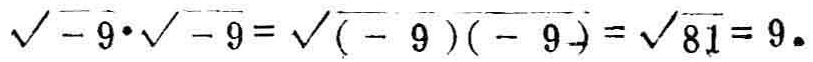
\(\sqrt{-9}\cdot\sqrt{-9}=\sqrt{(-9)(-9)}=\sqrt{81}=9\)